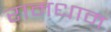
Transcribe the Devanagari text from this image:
रामधाम